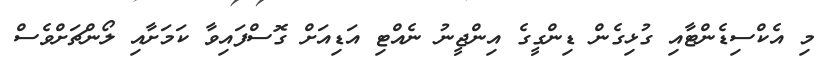
މި އެކްސިޑެންޓާއި ގުޅިގެން ޑިންގީގެ އިންޖީނު ނެއްޓި އަޑިއަށް ގޮސްފައިވާ ކަމަށާއި ލޯންޗަށްވެސް